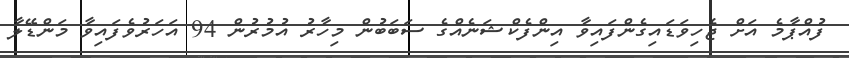
ފުއްޕާމެ އަށް ޖެހިވަޑައިގެންފައިވާ އިންފެކްޝަނެއްގެ ސަބަބުން މިހާރު އުމުރުން 94 އަހަރުވެފައިވާ މަންޑޭލާ